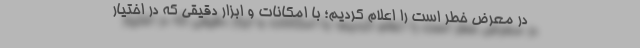
در معرض خطر است را اعلام کردیم؛ با امکانات و ابزار دقیقی که در اختیار